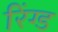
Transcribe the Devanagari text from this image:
रिंग्ड